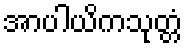
အာပါယိကသုတ္တံ